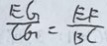
\frac { E G } { C G } = \frac { E F } { B C }